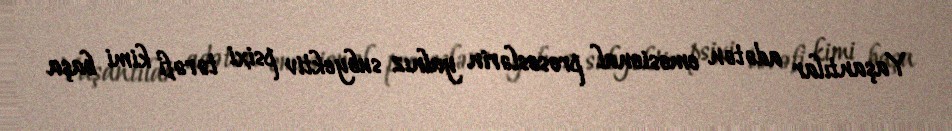
Yaşantılar adətən emosional proseslərin yalnız subyektiv psixi tərəfi kimi başa